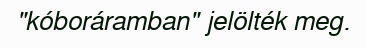
"kóboráramban" jelölték meg.